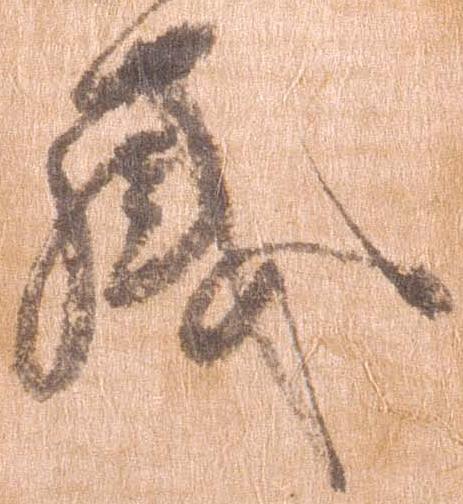
感